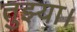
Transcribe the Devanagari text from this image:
तुझ्या।